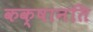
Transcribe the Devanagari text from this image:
कक्षानति